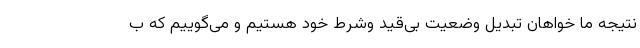
نتیجه ما خواهان تبدیل وضعیت بی‌قید وشرط خود هستیم و می‌گوییم که ب